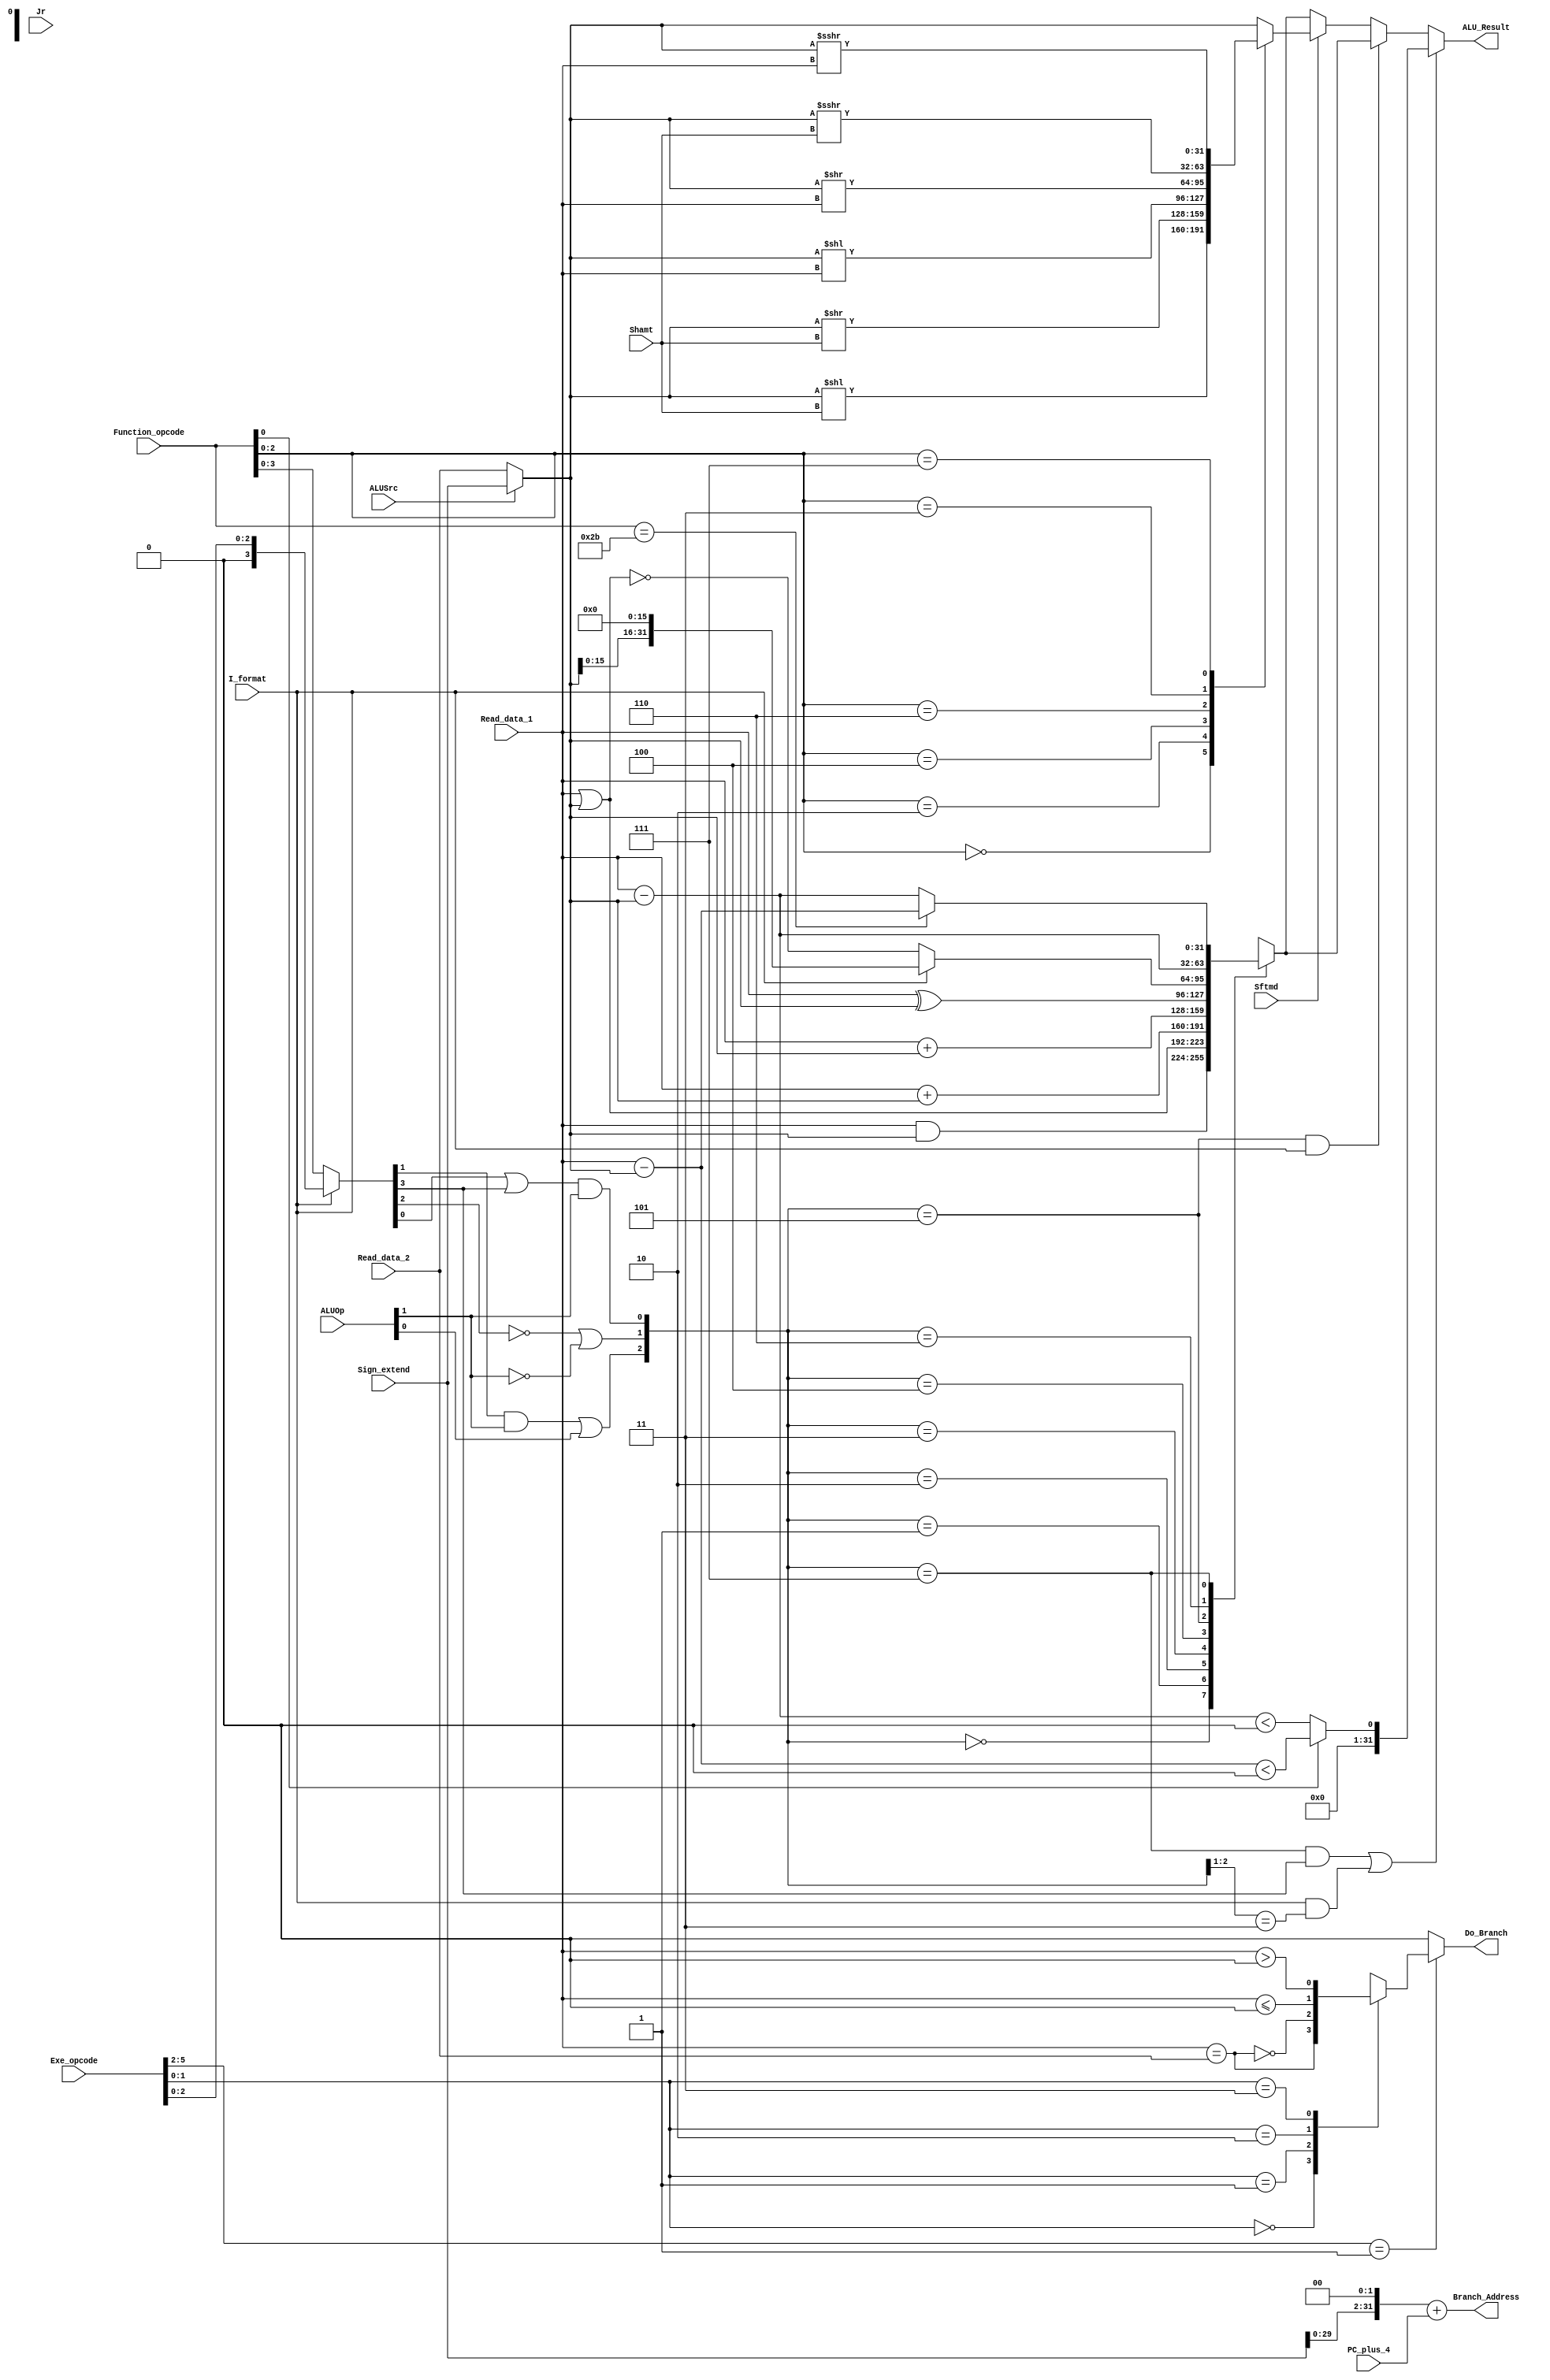
`timescale 1ns / 1ps
//////////////////////////////////////////////////////////////////////////////////
// Company: 
// Engineer: 
// 
// Design Name: 
// Module Name: ALU
// Project Name: 
// Target Devices: 
// Tool Versions: 
// Description: 
// 
// Dependencies: 
// 
// Revision:
// Revision 0.01 - File Created
// Additional Comments:
// 
//////////////////////////////////////////////////////////////////////////////////


module executs32(Read_data_1,Read_data_2,Sign_extend,Function_opcode,Exe_opcode,ALUOp,
                 Shamt,ALUSrc,I_format,Jr,Sftmd,ALU_Result,Do_Branch,Branch_Address,PC_plus_4
                 );
    //from Decoder
    input[31:0]  Read_data_1;		// Read_data_1
    input[31:0]  Read_data_2;		// Read_data_2
    input[31:0]  Sign_extend;		// 

    //from Ifetch
    input[5:0]   Function_opcode;  	// r-,r-form instructions[5:0]
    input[5:0]   Exe_opcode;  		//  instruction[31:26]
    input[31:0]  PC_plus_4;         // PC+4
    input[4:0]   Shamt;             // instruction[10:6]

    //from controller
    //                             
    //R-I_format=11bit1,  beqbne0bit1
    input[1:0]   ALUOp;             // 
    input  		 Sftmd;            // 
    input        ALUSrc;            // beqbne
    input        I_format;          // beq, bne, LW, SWI-
    input        Jr;               // JR

    //output
    output reg    Do_Branch;              // branch
    output [31:0] Branch_Address;		    // branch   
    output reg [31:0] ALU_Result;        // 
  
    wire[5:0] Exe_code;
    assign Exe_code = (I_format==0) ? Function_opcode : { 3'b000 , Exe_opcode[2:0] };

    wire[2:0] ALU_ctl;
    assign ALU_ctl[0] = (Exe_code[0] | Exe_code[3]) & ALUOp[1]; 
    assign ALU_ctl[1] = ((!Exe_code[2]) | (!ALUOp[1])); 
    assign ALU_ctl[2] = (Exe_code[1] & ALUOp[1]) | ALUOp[0];

    wire[31:0] Ainput, Binput;
    assign Ainput = Read_data_1; 
    assign Binput = ALUSrc ? Sign_extend : Read_data_2; 


    reg[31:0] ALU_output_mux;
    always @(ALU_ctl or Ainput or Binput or I_format) begin
        case(ALU_ctl)
            3'b000: begin // and  andi
                ALU_output_mux = Ainput & Binput;
            end
            3'b001: begin // or  ori
                ALU_output_mux = Ainput | Binput;
            end
            3'b010: begin // add  addi
                ALU_output_mux = $signed(Ainput) + $signed(Binput);
            end
            3'b011: begin // addu addiu
                ALU_output_mux = $unsigned(Ainput) + $unsigned(Binput);
            end
            3'b100: begin // xor xori
                ALU_output_mux = Ainput ^ Binput;
            end
            3'b101: begin // nor lui
                if (I_format)
                        ALU_output_mux = {Binput[15:0], 16'b0};
                else ALU_output_mux = ~(Ainput | Binput);
            end
            3'b110: begin // sub slti
                ALU_output_mux = $signed(Ainput) - $signed(Binput);
                // if (I_format) begin
                //     ALU_output_mux = {31'b0, ALU_output_mux[31]};
                // end
            end
            3'b111: begin
                if (Function_opcode == 6'b101011)
                    ALU_output_mux = $unsigned(Ainput) - $unsigned(Binput);
                else 
                    ALU_output_mux = $signed(Ainput) - $signed(Binput);
                // case(Exe_opcode[3:0])
                //     4'b0011: begin // subu sltiu
                //         ALU_output_mux =  $unsigned(Ainput) - $unsigned(Binput);
                //         if (I_format) begin
                //             ALU_output_mux = (Ainput < Sign_extend | Ainput == Sign_extend) ? 32'b1 : 32'b0;
                //         end
                //     end
                //     4'b1010: begin // slt
                //         ALU_output_mux = (($signed(Ainput) < $signed(Read_data_2)) | ($signed(Ainput) == $signed(Read_data_2))) ? 32'b1 : 32'b0;
                //     end
                //     4'b1011: begin // sltu
                //         ALU_output_mux = (Ainput < Sign_extend | Ainput == Sign_extend) ? 32'b1 : 32'b0;
                //     end
                // endcase
            end
            default: ALU_output_mux = 0;
        endcase
    end

    wire[2:0] Sftm;
    assign Sftm = Function_opcode[2:0]; //the code of shift operations
    reg[31:0] Shift_Result; //the result of shift operation

    always @(Binput, Shamt, Ainput, Sftmd, Sftm) begin
        if(Sftmd) begin
            case(Sftm)
                3'b000:Shift_Result = Binput << Shamt; //Sll rd,rt,shamt 00000
                3'b010:Shift_Result = Binput >> Shamt; //Srl rd,rt,shamt 00010
                3'b100:Shift_Result = Binput << Ainput; //Sllv rd,rt,rs 00010
                3'b110:Shift_Result = Binput >> Ainput; //Srlv rd,rt,rs 00110
                3'b011:Shift_Result = $signed(Binput) >>> Shamt; //Sra rd,rt,shamt 00011
                3'b111:Shift_Result = $signed(Binput) >>> Ainput; //Srav rd,rt,rs 00111
                default:Shift_Result = Binput;
            endcase
        end else
            Shift_Result = Binput;
    end

    wire Slt_Op = ((ALU_ctl==3'b111) && (Exe_code[3]==1)) || (I_format && (ALU_ctl[2:1]==2'b11));
    always @* begin
        //set type operation (slt, slti, sltu, sltiu)
        if(Slt_Op)
            begin
            if(Function_opcode[0] == 0) begin
                ALU_Result = $signed(Ainput) - $signed(Binput)<0;
            end
            else
                ALU_Result = $unsigned(Ainput) - $unsigned(Binput)<0;
        end
        // //lui operation
        else if((ALU_ctl==3'b101) && (I_format==1))
            ALU_Result[31:0]= ALU_output_mux;
        //shift operation
        else if(Sftmd)
            ALU_Result = Shift_Result;
        //other types of operation in ALU (arithmatic or logic calculation)
        else
            ALU_Result = ALU_output_mux;
    end

    assign Branch_Address = ($signed(Sign_extend) <<< 2) + PC_plus_4;
    // Branch, beq, bne, blez, bgtz
    always @* begin
        if (Exe_opcode[5:2] == 4'b0001) begin
            case(Exe_opcode[1:0])
                2'b00: Do_Branch = Read_data_1 == Read_data_2;
                2'b01: Do_Branch = ~(Read_data_1 == Read_data_2);
                2'b10: Do_Branch = $signed(Read_data_1) <= 0 ;
                2'b11: Do_Branch = $signed(Read_data_1) > 0;
            endcase
        end else begin
            Do_Branch = 0;
        end
    end

endmodule